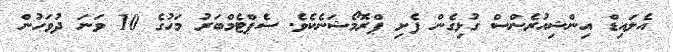
އެލައިޑް އިންޝިއުރެންސް ގުޅިގެން ފެށި ޕްރޮމޯޝަނެކެވެ. ސެޕްޓެމްބަރު މަހުގެ 10 ވަނަ ދުވަހުން